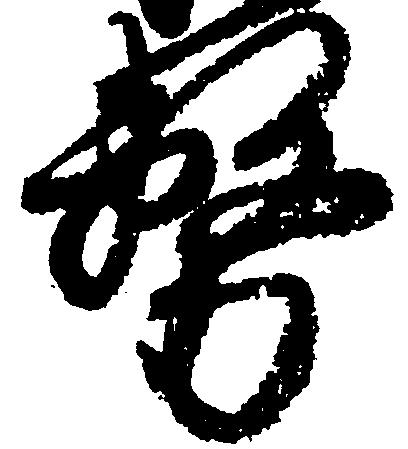
務